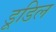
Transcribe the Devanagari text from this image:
डूडिल